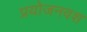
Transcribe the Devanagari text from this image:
प्रयोजनवश